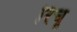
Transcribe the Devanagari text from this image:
रिचू